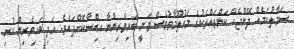
ސަމާލުކަމެއް ދޭންޖެހޭ ކަންތައްތަކުގެ މައުލޫމާތުވެސް ވަނީ ބައިވެރިންނާ ހިއްސާކޮށްފައެވެ. އަދި ބައިވެރިން ކުރި